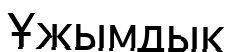
Ұжымдык